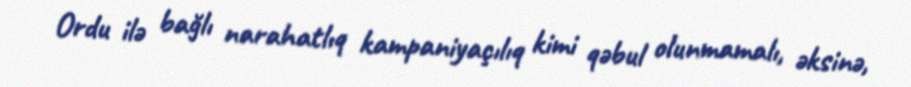
Ordu ilə bağlı narahatlıq kampaniyaçılıq kimi qəbul olunmamalı, əksinə,